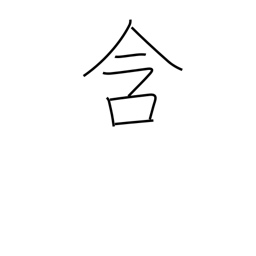
Meaning: cherish